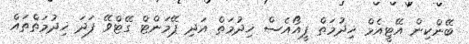
ބޭންކިން އޭޓީއެމް ޚިދުމަތް ޕީއޯއެސް ޚިދުމަތް އަދި ޕޭމަންޓް ގޭޓްވޭ ފަދަ ޚިދުމަތްތައް